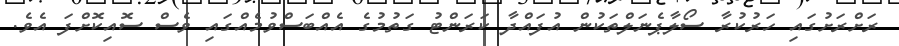
ރަށްރަށުގައި ހަރުކުރާ ސޯލާޕެނަލްތަކުން އުފައްދާ ކަރަންޓު ގަތުމުގެ އެއްބަސްވުމެއްގައި ވެސް ސޮއިކޮށްފަ އެވެ.